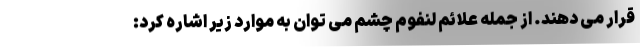
قرار می دهند. از جمله علائم لنفوم چشم می توان به موارد زیر اشاره کرد: